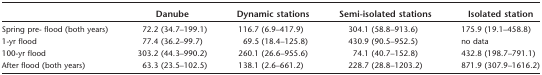
<table><thead><tr><td></td><td><b>Danube</b></td><td><b>Dynamic stations</b></td><td><b>Semi‐isolated stations</b></td><td><b>Isolated station</b></td></tr></thead><tbody><tr><td>Spring pre‐ flood (both years)</td><td>72.2 (34.7–199.1)</td><td>116.7 (6.9–417.9)</td><td>304.1 (58.8–913.6)</td><td>175.9 (19.1–458.8)</td></tr><tr><td>1‐yr flood</td><td>77.4 (36.2–99.7)</td><td>69.5 (18.4–125.8)</td><td>430.9 (90.5–952.5)</td><td>no data</td></tr><tr><td>100‐yr flood</td><td>303.2 (44.3–990.2)</td><td>260.1 (26.6–955.6)</td><td>74.1 (40.7–152.8)</td><td>432.8 (198.7–791.1)</td></tr><tr><td>After flood (both years)</td><td>63.3 (23.5–102.5)</td><td>138.1 (2.6–661.2)</td><td>228.7 (28.8–1203.2)</td><td>871.9 (307.9–1616.2)</td></tr></tbody></table>